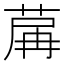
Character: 𦱲